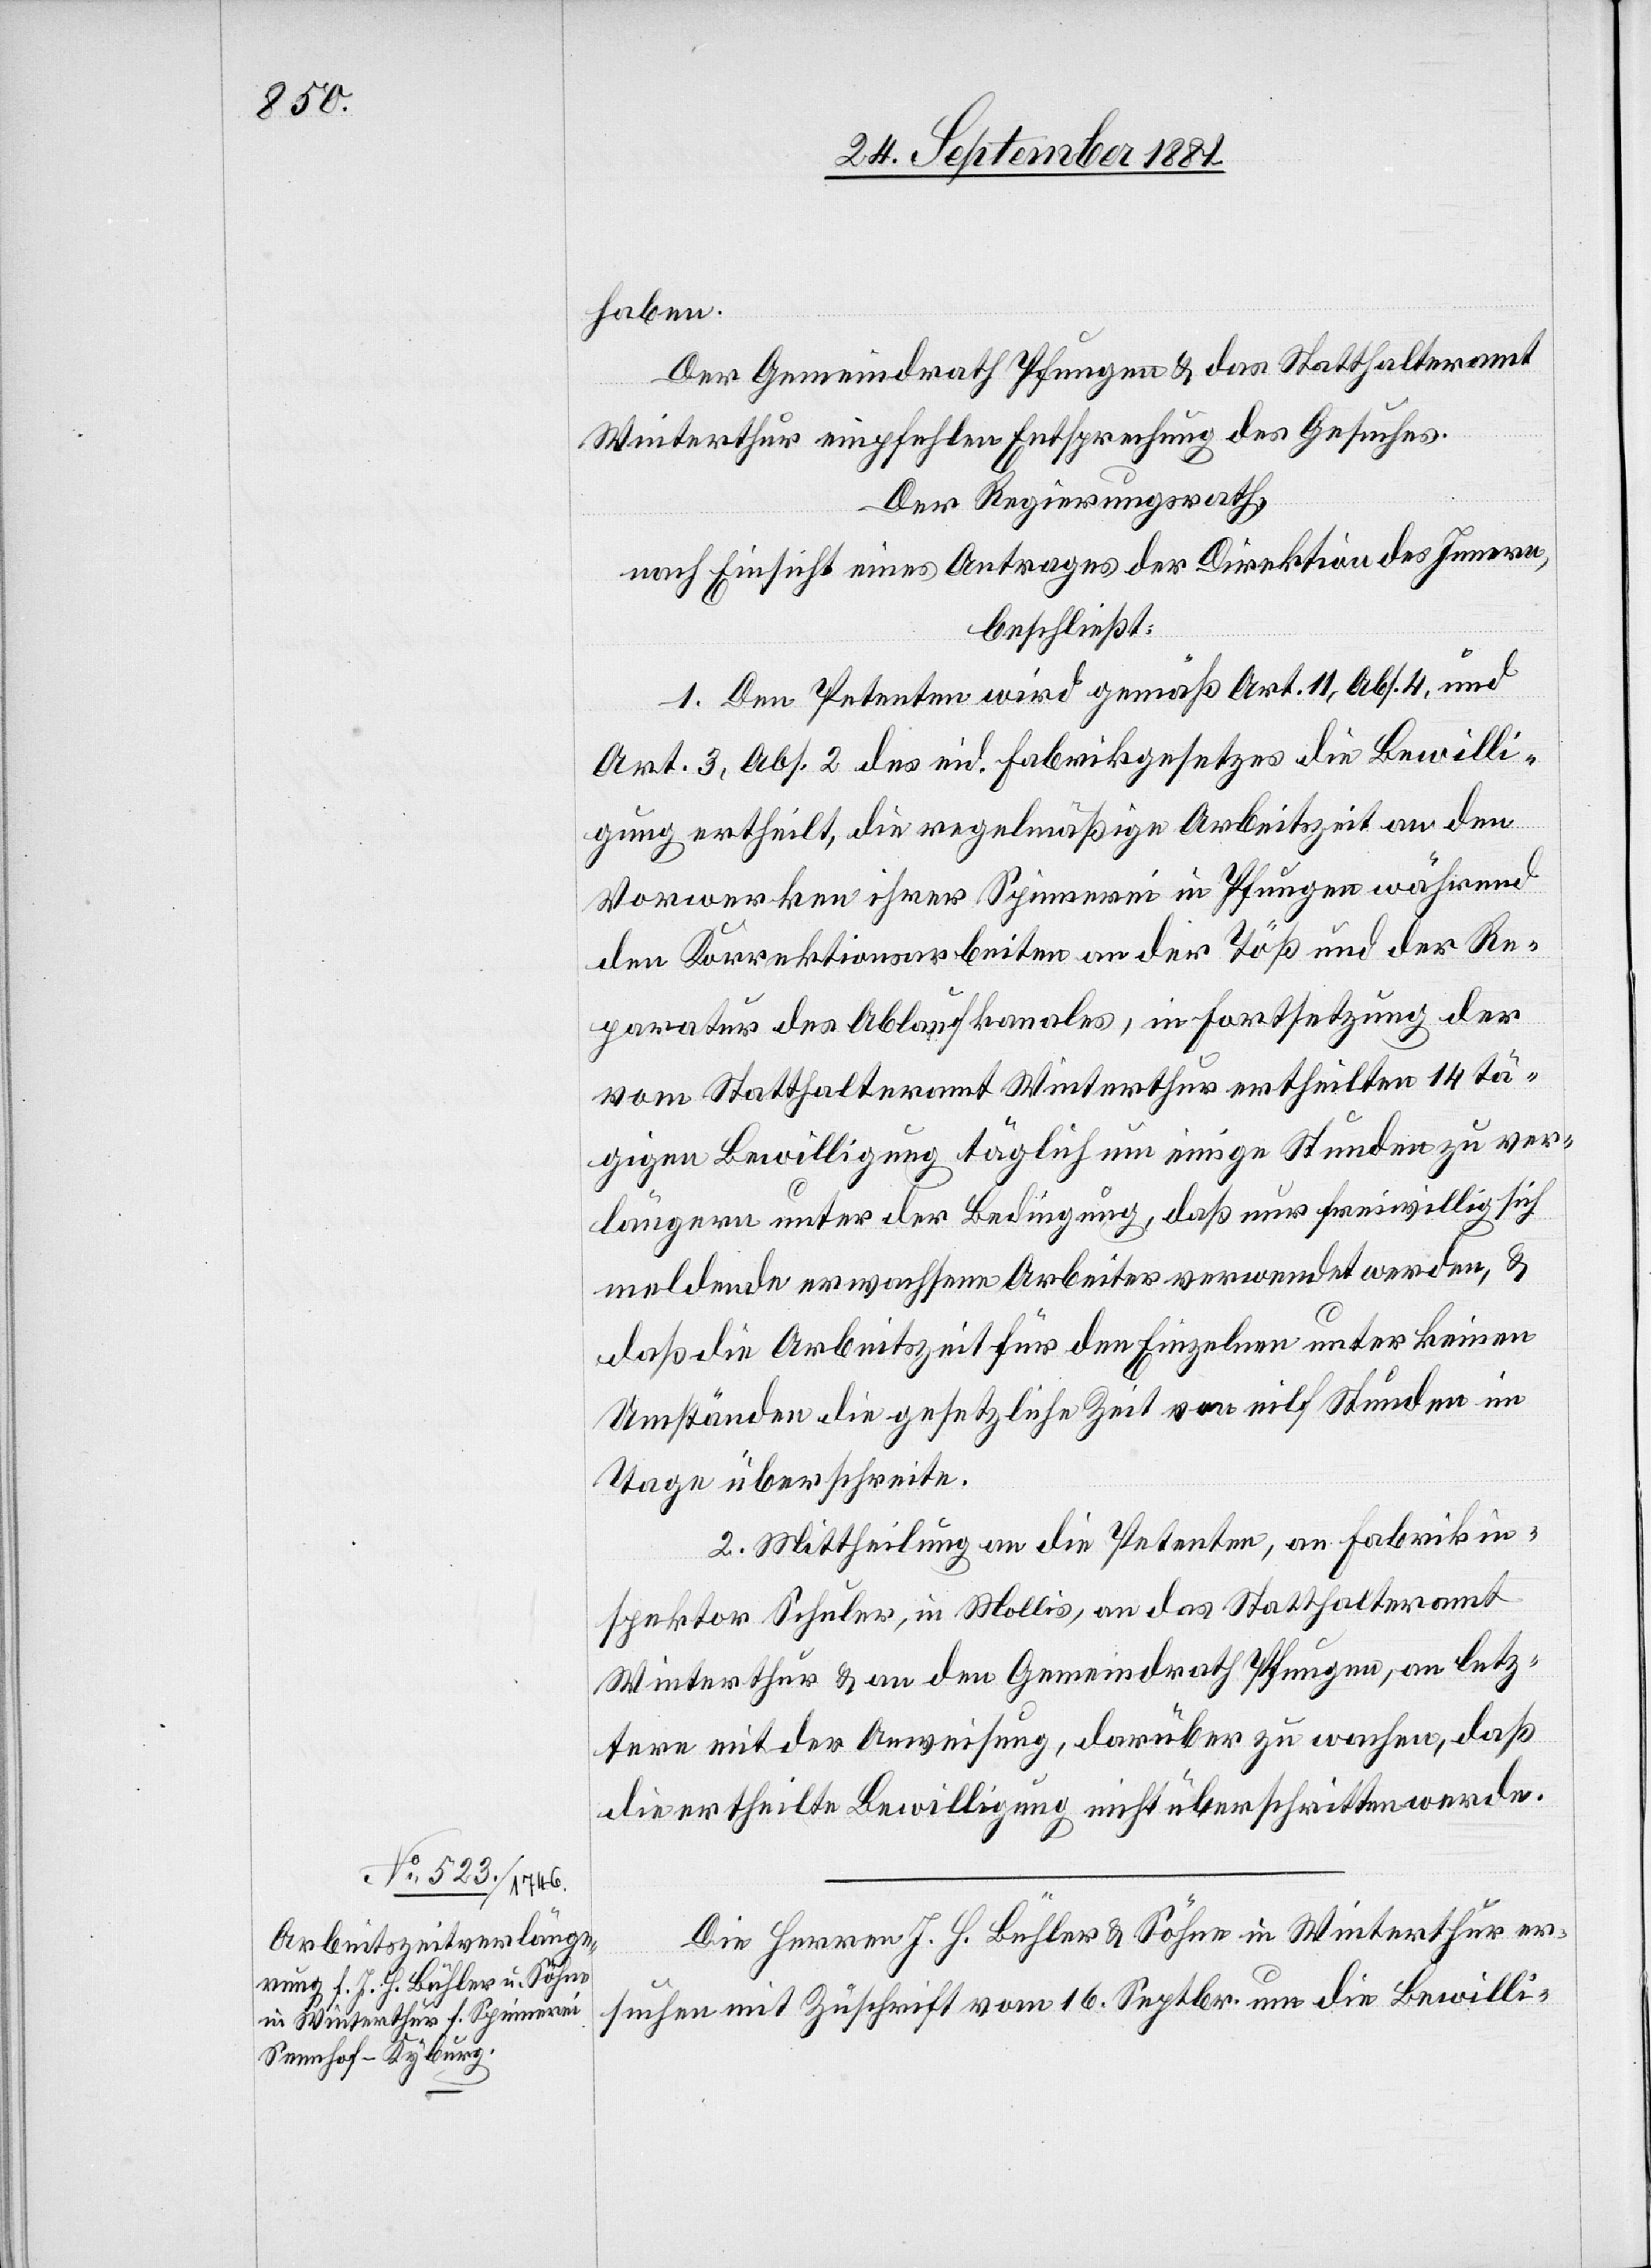
haben.
Der Gemeindrath Pfungen & das Statthalteramt
Winterthur empfehlen Entsprechung des Gesuches.
Der Regierungsrath,
nach Einsicht eines Antrages der Direktion des Innern,
beschließt:
1. Den Petenten wird gemäß Art. 11, Abs. 4, und
Art. 3, Abs. 2 des eid. Fabrikgesetzes die Bewilli¬
gung ertheilt, die regelmäßige Arbeitszeit an den
Vorwerken ihrer Spinnerei in Pfungen während
den Korrektionsarbeiten an der Töß und der Re¬
paratur des Ablaufkanals, in Fortsetzung der
vom Statthalteramt Winterthur ertheilten 14tä¬
gigen Bewilligung täglich um einige Stunden zu ver¬
längern unter der Bedingung, daß nur freiwillig sich
meldende erwachsene Arbeiter verwendet werden, &
daß die Arbeitszeit für den Einzelnen unter keinen
Umständen die gesetzliche Zeit von eilf Stunden im
Tage überschreite.
2. Mittheilung an die Petenten, an Fabrikin¬
spektor Schuler, in Mollis, an das Statthalteramt
Winterthur & an den Gemeindrath Pfungen, an letz¬
tern mit der Anweisung, darüber zu wachen, daß
die ertheilte Bewilligung nicht überschritten werde.
Die Herren J. H. Bühler & Söhne in Winterthur er¬
suchen mit Zuschrift vom 16. Septbr. um die Bewilli-